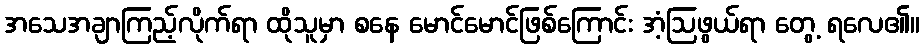
အသေအချာကြည့်လိုက်ရာ ထိုသူမှာ စနေ မောင်မောင်ဖြစ်ကြောင်း အံ့ဩဖွယ်ရာ တွေ့ ရလေ၏။